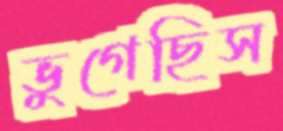
ভুগেছিস